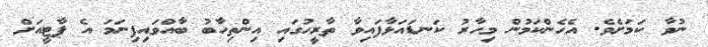
ނުވާ ކަމަށެވެ. އެހެންކަމުން މިހާރު ކަނޑައަޅާފައިވާ ތާރީހުގައި އިންތިހާބު ބާއްވައިފިނަމަ އެ ޕާޓީއަށް